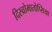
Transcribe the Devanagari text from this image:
दिस्च्रोमातोप्सिया